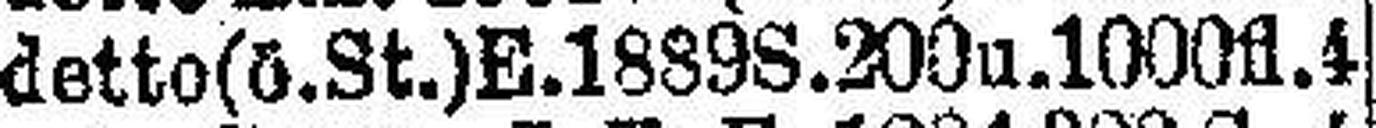
detto (ö. St.) E. 1889S. 200u. 1000fl. 4